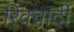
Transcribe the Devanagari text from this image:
रिक्वार्दी